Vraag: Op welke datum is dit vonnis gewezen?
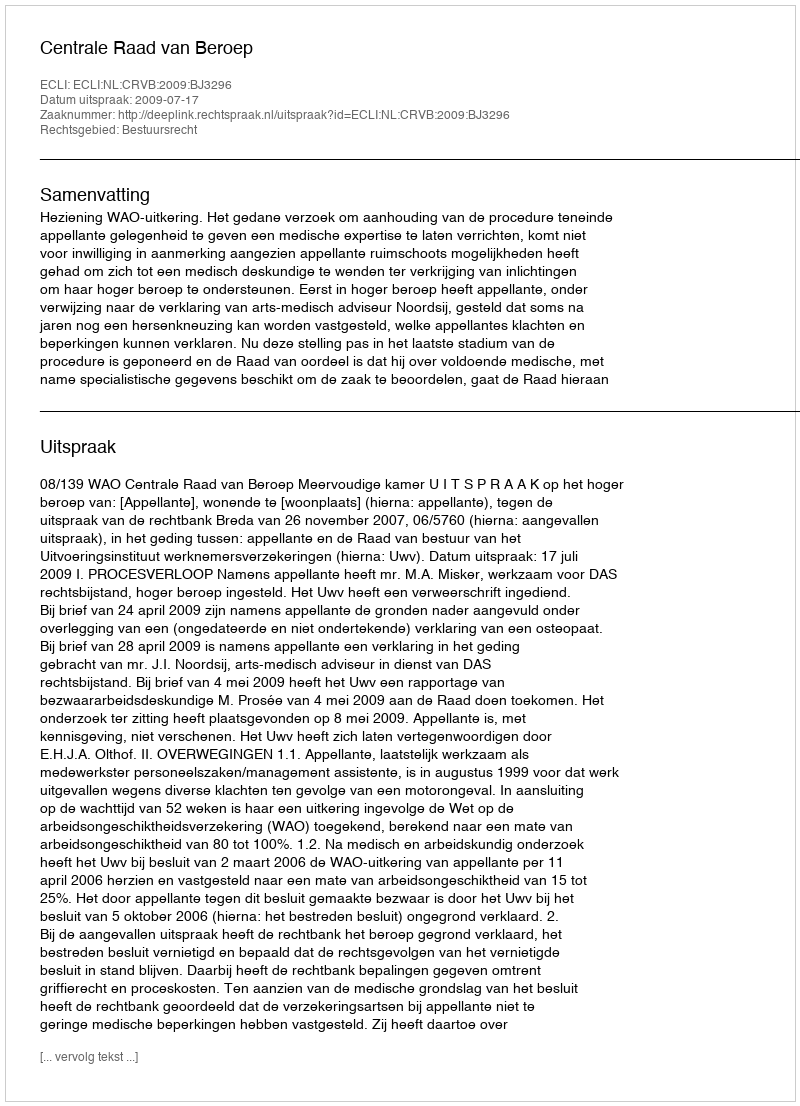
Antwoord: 2009-07-17